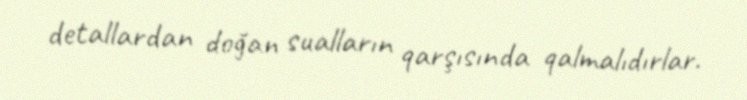
detallardan doğan sualların qarşısında qalmalıdırlar.